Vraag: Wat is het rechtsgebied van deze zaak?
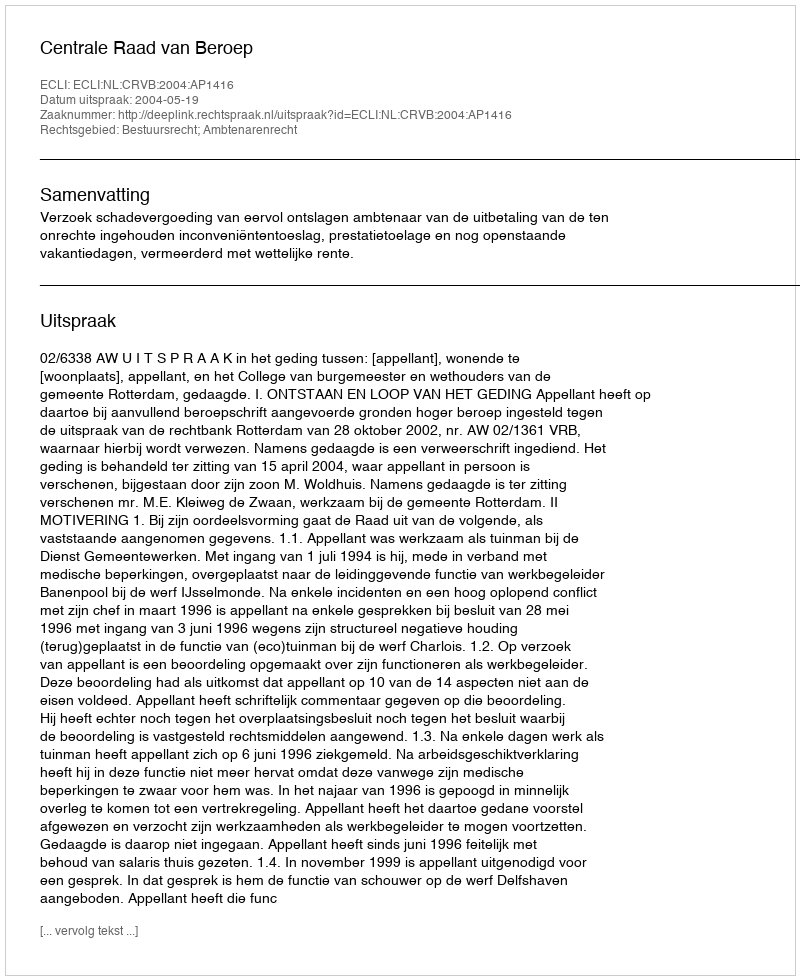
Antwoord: Bestuursrecht; Ambtenarenrecht